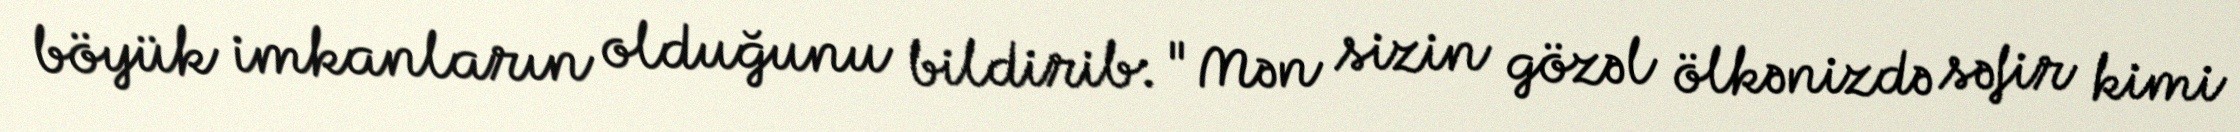
böyük imkanların olduğunu bildirib: "Mən sizin gözəl ölkənizdə səfir kimi